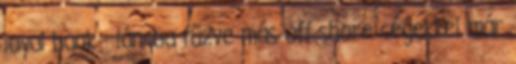
loyal bank - láncba fűzve más off-shore cégekkel már